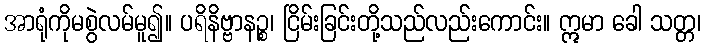
အာရုံကိုမစွဲလမ်မူ၍။ ပရိနိဗ္ဗာနဉ္စ၊ ငြိမ်းခြင်းတို့သည်လည်းကောင်း။ ဣမာ ခေါ သတ္တ၊